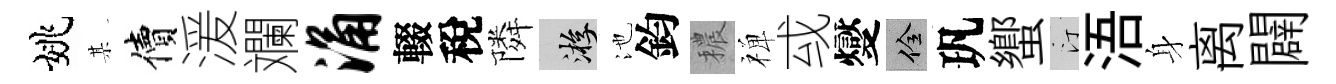
姚某價湲斕涌輟稅隣游池鈞穠禅㦯燮佺㺬蠁汀浯身离闢